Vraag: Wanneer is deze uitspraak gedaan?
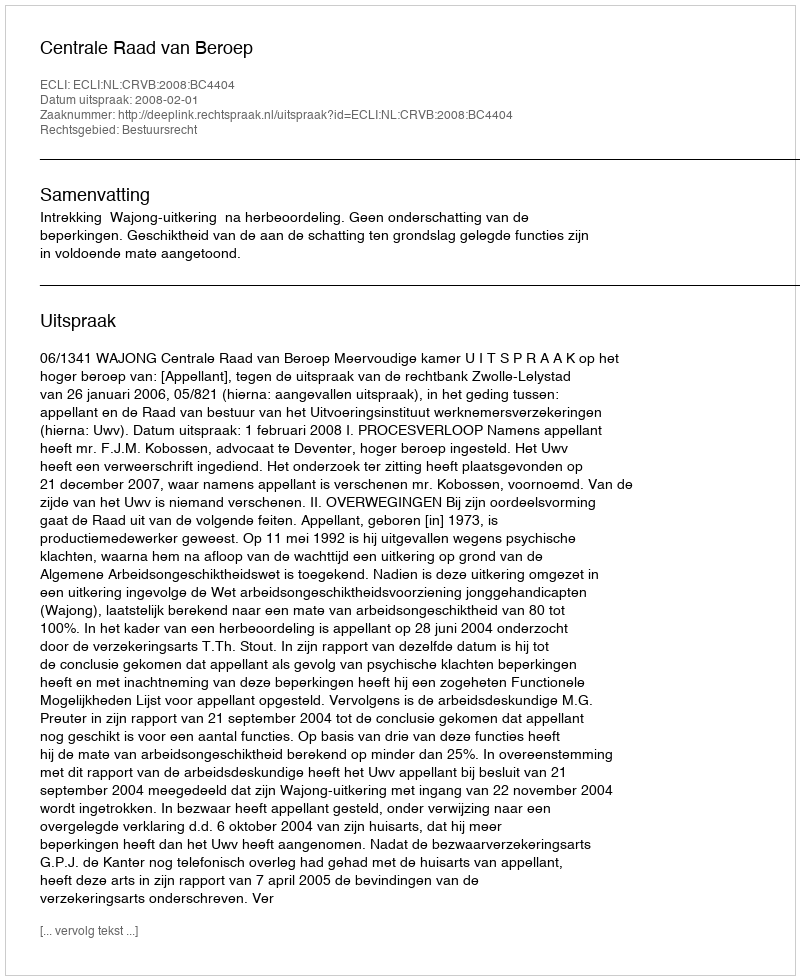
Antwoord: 2008-02-01